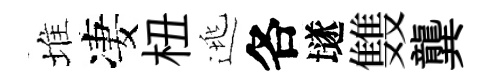
堆凄杻逃各𡑞䨇龔